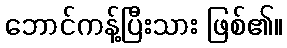
ဘောင်ကန့်ပြီးသား ဖြစ်၏။